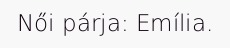
Női párja: Emília.